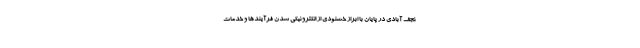
نجف آبادی در پایان با ابراز خشنودی از الکترونیکی شدن فرآیندها و خدمات